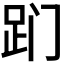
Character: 𬦢